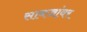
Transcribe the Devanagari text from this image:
सावजांवर